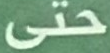
حتى